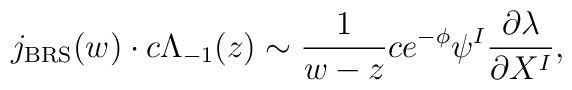
j_{\rm BRS}(w)\cdot c\Lambda_{-1}(z)\sim\frac{1}{w-z}ce^{-\phi}\psi^I\frac{\partial\lambda}{\partial X^I},